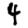
Digit: 4